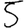
Digit: 5